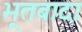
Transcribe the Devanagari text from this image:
भूतबादा